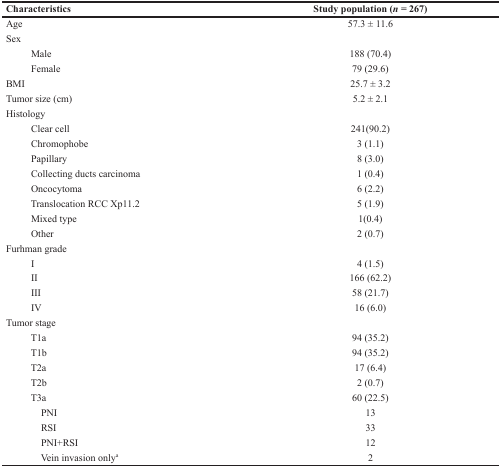
| Characteristics | Study population (n = 267) |
 | --- | --- |
 | Age | 57.3 ± 11.6 |
 | Sex |  |
 | Male | 188 (70.4) |
 | Female | 79 (29.6) |
 | BMI | 25.7 ± 3.2 |
 | Tumor size (cm) | 5.2 ± 2.1 |
 | Histology |  |
 | Clear cell | 241(90.2) |
 | Chromophobe | 3 (1.1) |
 | Papillary | 8 (3.0) |
 | Collecting ducts carcinoma | 1 (0.4) |
 | Oncocytoma | 6 (2.2) |
 | Translocation RCC Xp11.2 | 5 (1.9) |
 | Mixed type | 1(0.4) |
 | Other | 2 (0.7) |
 | Furhman grade |  |
 | I | 4 (1.5) |
 | II | 166 (62.2) |
 | III | 58 (21.7) |
 | IV | 16 (6.0) |
 | Tumor stage |  |
 | T1a | 94 (35.2) |
 | T1b | 94 (35.2) |
 | T2a | 17 (6.4) |
 | T2b | 2 (0.7) |
 | T3a | 60 (22.5) |
 | PNI | 13 |
 | RSI | 33 |
 | PNI+RSI | 12 |
 | Vein invasion onlya | 2 |